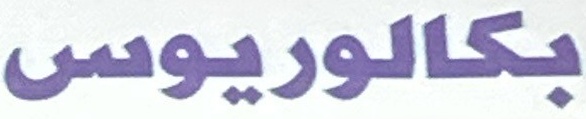
بكالوريوس